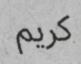
كريم